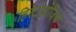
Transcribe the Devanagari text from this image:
हिस्टोलोजिक